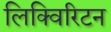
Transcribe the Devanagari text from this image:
लिक्विरिटन